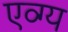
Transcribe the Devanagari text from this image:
एव्ग्य